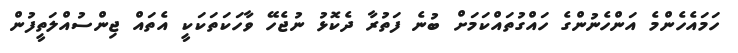
ހަމައެހެންމެ އަންހެނުންގެ ހައްގުތައްކަމަށް ބުނެ ފަތުރާ ދެކޮޅު ނުޖެހޭ ވާހަކަތަކަކީ އެތައް ޖިންސުއްލަތީފުން